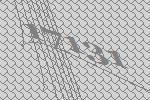
17131